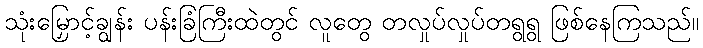
သုံးမြှောင့်ချွန်း ပန်းခြံကြီးထဲတွင် လူတွေ တလှုပ်လှုပ်တရွရွ ဖြစ်နေကြသည်။